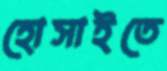
হোসাইতে